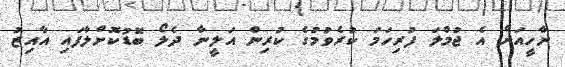
ނާހީއަށް އެ ޖުމްލަ ފުރިހަމަ ކުރެވުމުގެ ކުރިން އަލީނާ ދެލޯ ބޮޑުކޮށްލާފައި އާއިޒު